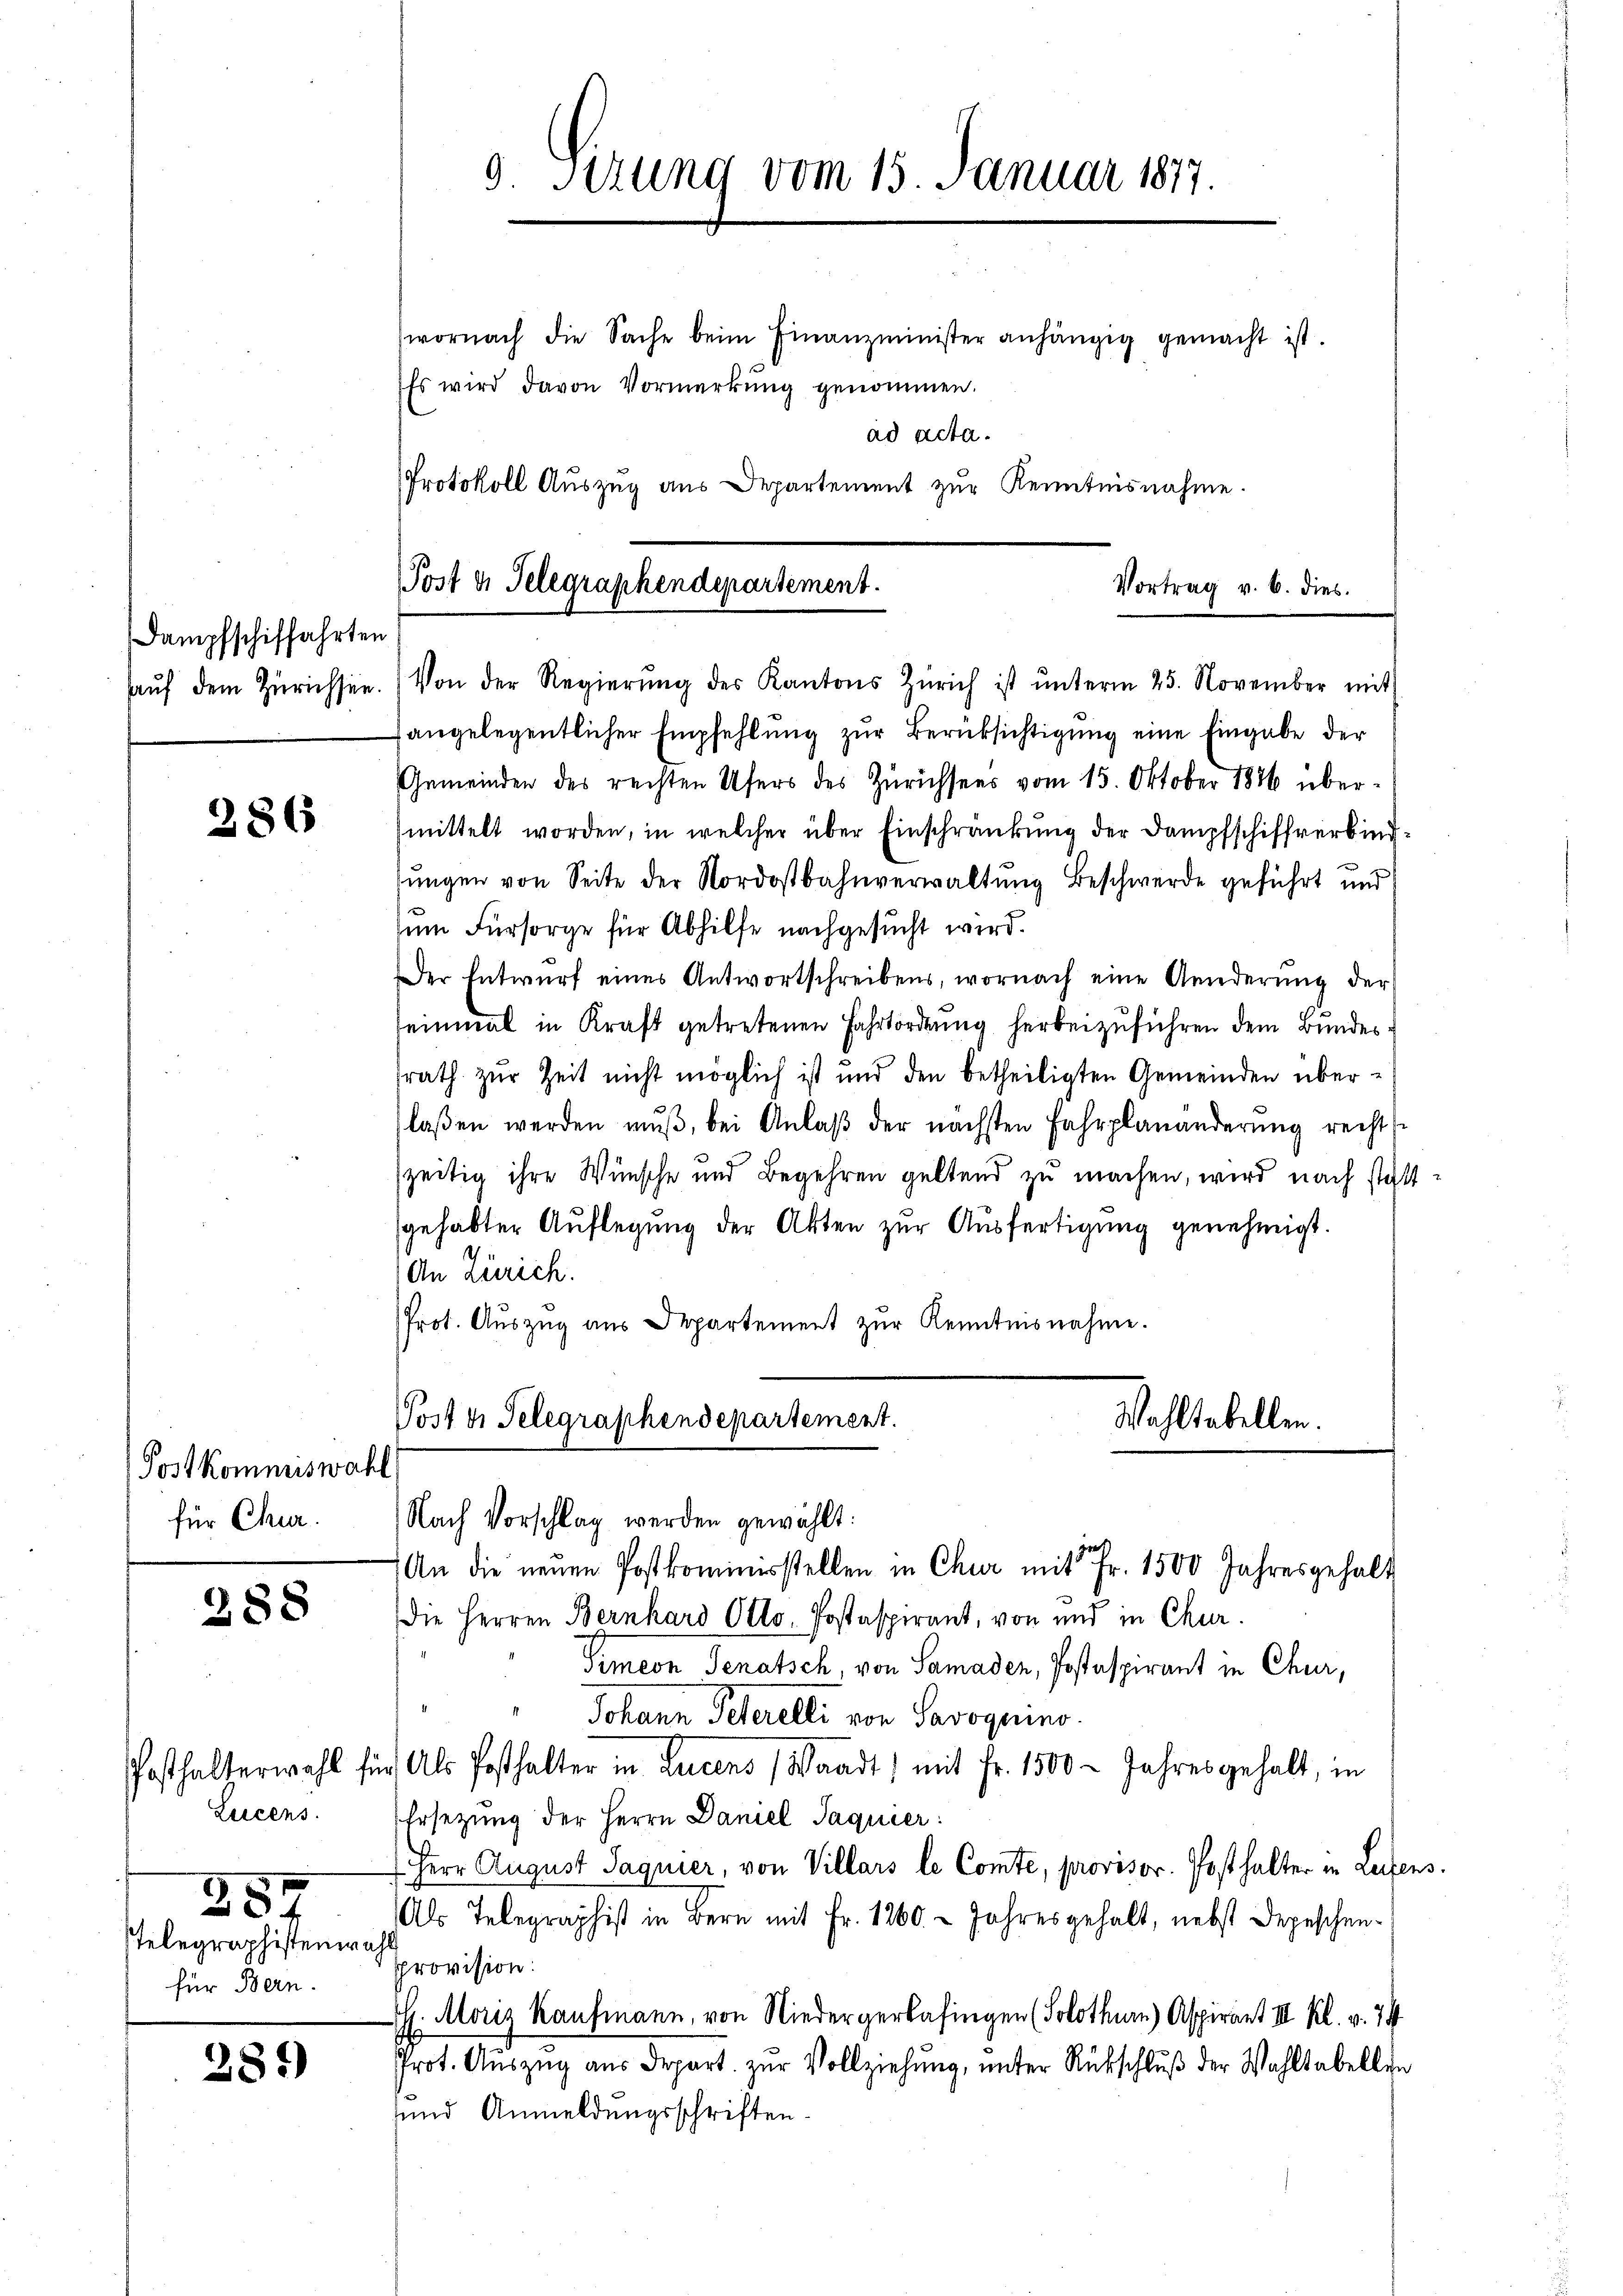
Dampfschiffahrten

286

Postkommiswahl
für Chur.

388

Lucens
28
Telegraphistenwahl
für Bern.

281)

9 Sizung vom 15. Januar 1877.

Es wird davon Vormerkŭng genommen.

wornach die Sache beim Finanzminister anhängig gemacht ist.
ad acta.
Protokoll Auszug aus Departement zur Kenntnisnahme.

Post d. Telegraphendepartement.

Vortrag v. 6. dies

aŭf dem Zürichsen. Von der Regierŭng des Kantons Zürich ist ŭnterm 25. November mit
fangelegentlicher Empfehlŭng zŭr Berüksichtigŭng eine Eingabe der
Gemeinden des rechten Ufers des Zürichsees vom 15. Oktober 1886 übermittelt worden, in welcher über Einschränkung der Dampfschiffverbind-
sungen von Seite der Nordostbahnverwaltung Beschwerde geführt und
zum Fürsorge für Abhilfe nachgesucht wird.
Der Entwŭrf eines Antwortschreibens, wornach eine Aenderŭng der
seinmal in Kraft getretenen Fahrtordnŭng herbeizuführen dem Bundessrath zur Zeit nicht möglich ist und den betheiligten Gemeinden überlaßen werden mŭβ, bei Anlaβ der nächsten Fahrplanänderŭng rechts
zeitig ihre Wünsche und Begehren geltend zu machen, wird nach stattgehabter Auflegung der Akten zur Ausfertigung genehmigt.
An Zürich.
Prot. Aŭszŭg aŭs Departement zŭr Kenntnisnahme.
Post u. Telegraphendepartement.
Wohltabellen.

Nach Vorschlag werden gewählt:

zieh
An die neŭen Postkommnisstellen in Chur mit Fr. 1500 Jahresgehalt
Die Herren Bernhard Otto. Postaspirant, von und in Chur.
Simeon Senatsch, von Samaden, Postespirant in Chur,
Johann Peterelli von Savoquino.
Posthalterwahl für Als Posthalter in Lucens (Waadt) mit Fr. 1500 - Jahresgehalt, in
Ersetzung der Herrn Daniel Saguier:
Herr August Saquier, von Villars le Comte, provisor. Posthalter in Leifens.
Als Telegraphist in Bern mit Fr. 1260. - Jahresgehalt, nebst Depeschen-
Pprovision:
H. Moriz Kaufmann, von Niedergerkafingen (Solothurn) Aspirant III. Kl. v. 74
Prot. Auszug aus Depart zur Vollziehung, unter Rückschluß der Wahltabellen
uund Anmeldungsschriften.